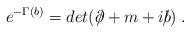
LaTeX: \begin{align*}e^{-\Gamma (b)}=det(\partial \!\!\!/+m+ib\!\!\!/)\;. \end{align*}